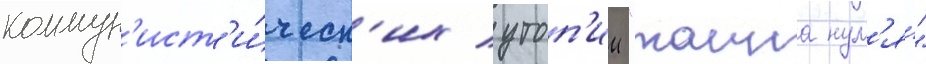
коммун'ист'и́ческ'их утоп'ии "таина нул'я́"